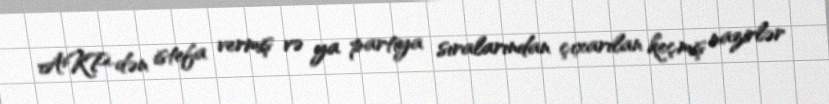
AKP-dən istefa vermiş və ya partiya sıralarından çıxarılan keçmiş nazirlər